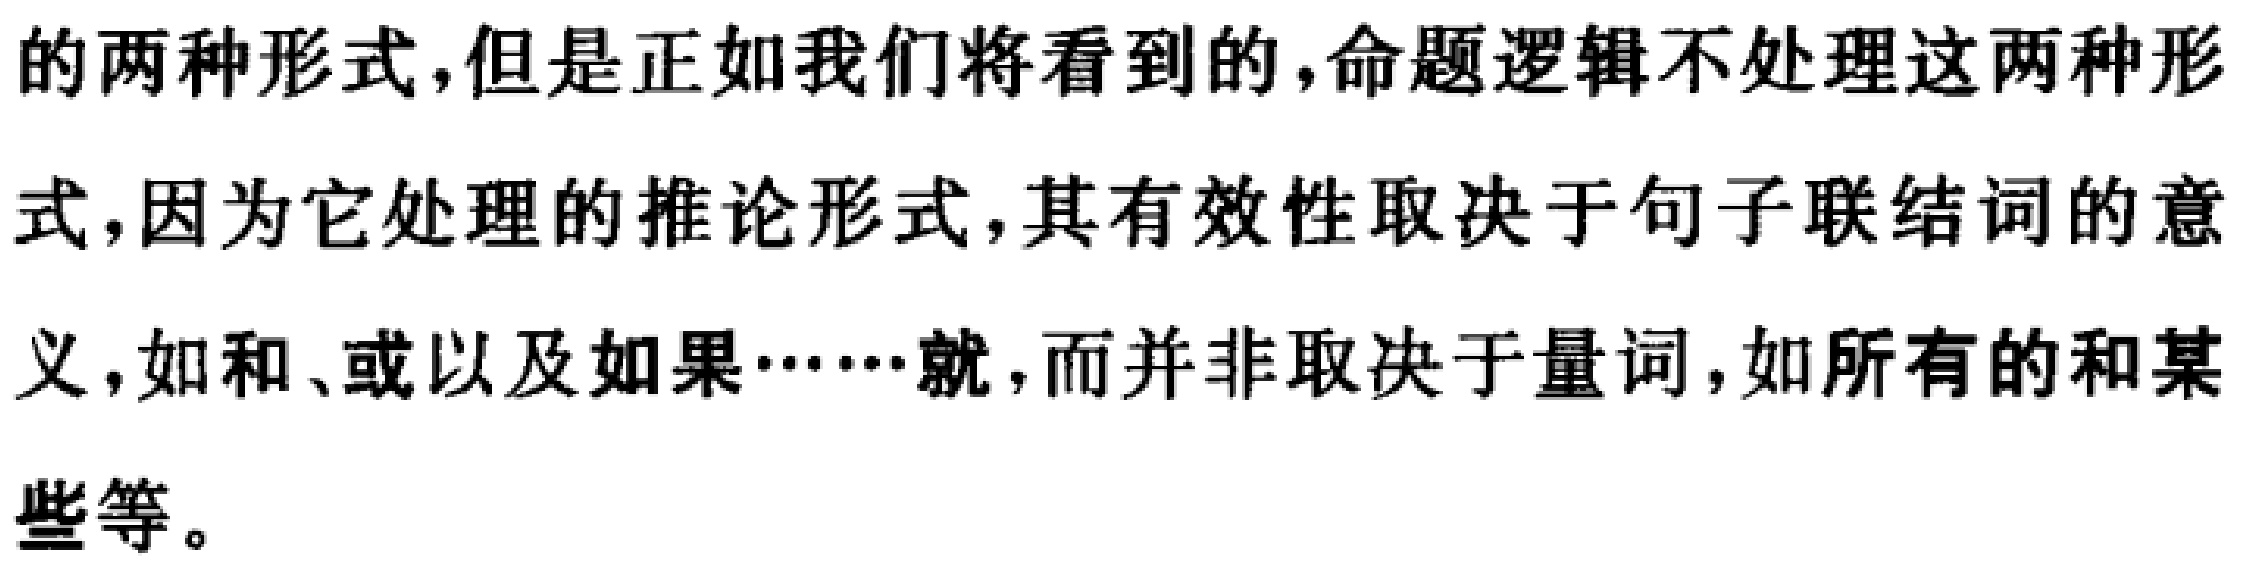
的两种形式,但是正如我们将看到的,命题逻辑不处理这两种形
式,因为它处理的推论形式,其有效性取决于句子联结词的意
义,如和、或以及如果……就,而并非取决于量词,如所有的和某
些等。